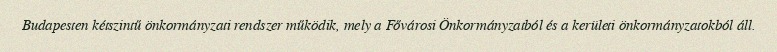
Budapesten kétszintű önkormányzati rendszer működik, mely a Fővárosi Önkormányzatból és a kerületi önkormányzatokból áll.